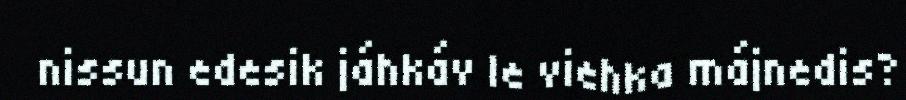
nissun edesik jáhkáv le viehka májnedis?